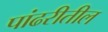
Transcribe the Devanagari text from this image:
पांढरीतील